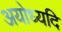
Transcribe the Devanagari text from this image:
अयोध्यदि